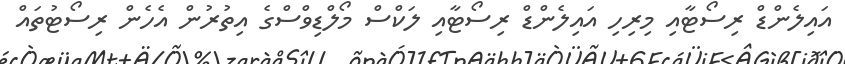
އައިލެންޑް ރިސޯޓާއި މިރިހި އައިލެންޑް ރިސޯޓާއި ލަކްސް މޯލްޑިވްސްގެ އިތުރުން އެހެން ރިސޯޓުތައް